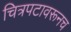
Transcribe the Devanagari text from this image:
चित्रपटावरूनच